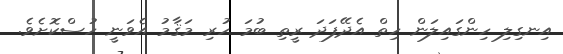
އިނގިލި ހިންގައިލަން ހިތް އެދޭފަދަ ރީތި ބުމަ ހުރި މަޤާމު އެވަނީ ހުސްކޮށެވެ.